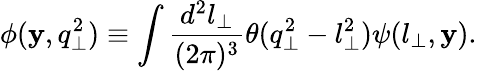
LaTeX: \phi(\mathbf{y},q_{\perp}^{2})\equiv\int{\frac{{d^{2}l_{\perp}}}{{(2\pi)^{3}}}}\theta(q_{\perp}^{2}-l_{\perp}^{2})\psi(l_{\perp},\mathbf{y}).